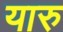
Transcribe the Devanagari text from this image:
यारु